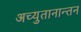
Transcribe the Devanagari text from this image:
अच्युतानान्तन